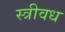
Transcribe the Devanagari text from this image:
स्त्रीवध